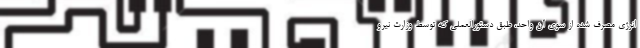
انرژی مصرف شده از سوی آن واحد، طبق دستورالعملی که توسط وزارت نیرو